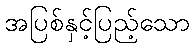
အပြစ်နှင့်ပြည့်သော